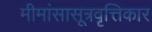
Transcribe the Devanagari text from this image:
मीमांसासूत्रवृत्तिकार